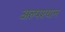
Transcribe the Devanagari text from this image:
अल्पश्यान